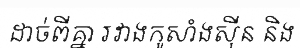
ដាច់ពីគ្នា រវាងកូសាំងស៊ីន និង